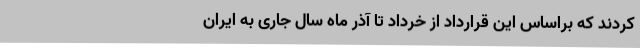
کردند که براساس این قرارداد از خرداد تا آذر ماه سال جاری به ایران